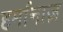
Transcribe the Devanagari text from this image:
हर्मानाज़